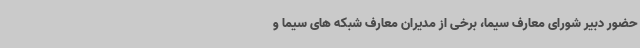
حضور دبیر شورای معارف سیما، برخی از مدیران معارف شبکه های سیما و